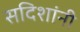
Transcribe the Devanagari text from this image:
सदिशांनी